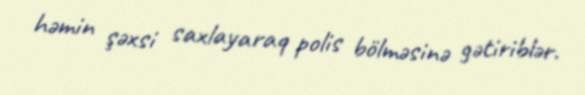
həmin şəxsi saxlayaraq polis bölməsinə gətiriblər.